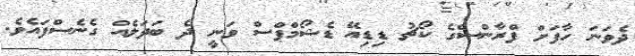
ދެވަނަ ހާފަށް ފްރާންސްގެ ކޯޗު ޑިޑިއޭ ޑެޝޯމްޕްސް ވަނީ ދެ ބަދަލެއް ގެނެސްފައެވެ.